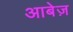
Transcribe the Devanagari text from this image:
आबेज़